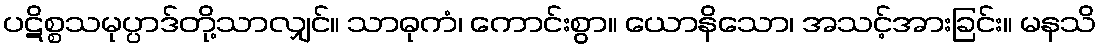
ပဋိစ္စသမုပ္ပာဒ်တို့သာလျှင်။ သာဓုကံ၊ ကောင်းစွာ။ ယောနိသော၊ အသင့်အားခြင်း။ မနသိ